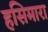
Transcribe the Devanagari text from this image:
हसिमारा